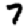
Digit: 7